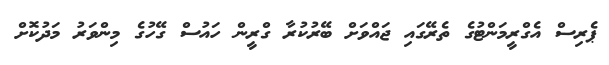
ޕެރިސް އެގްރީމަންޓުގެ ތެރޭގައި ޖައްވަށް ބޭރުކުރާ ގްރީން ހައުސް ގޭހުގެ މިންވަރު މަދުކޮށް